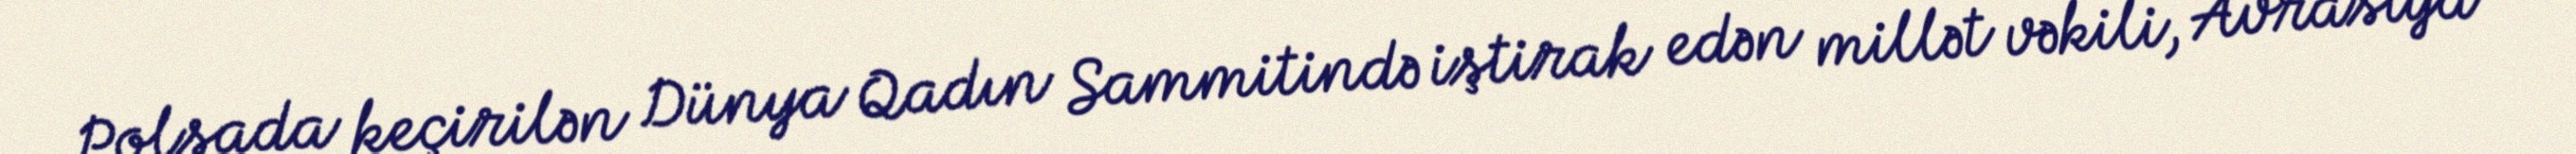
Polşada keçirilən Dünya Qadın Sammitində iştirak edən millət vəkili, Avrasiya